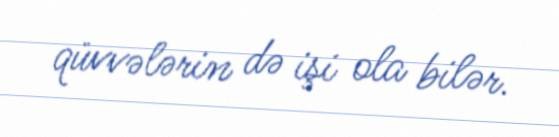
qüvvələrin də işi ola bilər.